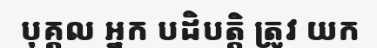
បុគ្គល អ្នក បដិបត្តិ ត្រូវ យក